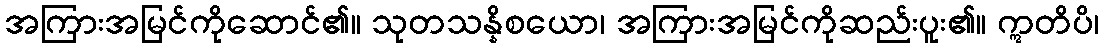
အကြားအမြင်ကိုဆောင်၏။ သုတသန္နိစယော၊ အကြားအမြင်ကိုဆည်းပူး၏။ ဣတိပိ၊